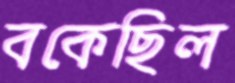
বকেছিল